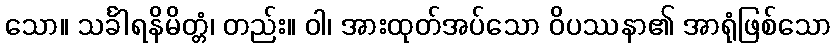
သော။ သင်္ခါရနိမိတ္တံ၊ တည်း။ ဝါ၊ အားထုတ်အပ်သော ဝိပဿနာ၏ အာရုံဖြစ်သော